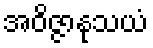
အဝိဇ္ဇာနုသယံ